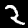
Label: 2